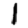
Digit: 1